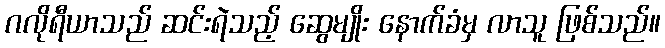
ဂလိုရီယာသည် ဆင်းရဲသည့် ဆွေမျိုး နောက်ခံမှ လာသူ ဖြစ်သည်။